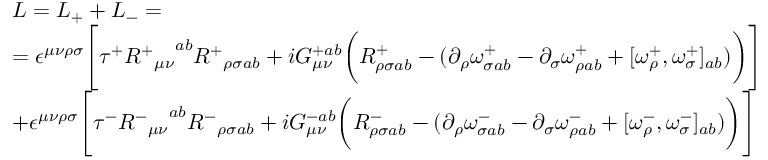
\begin{array} { l l } { { L = L _ { + } + L _ { - } = } } \\ { { = \epsilon ^ { \mu \nu \rho \sigma } \Bigg [ \tau ^ { + } { { R ^ { + } } _ { \mu \nu } } ^ { a b } { R ^ { + } } _ { \rho \sigma a b } + i G _ { \mu \nu } ^ { + a b } \bigg ( R _ { \rho \sigma a b } ^ { + } - ( \partial _ { \rho } \omega _ { \sigma a b } ^ { + } - \partial _ { \sigma } \omega _ { \rho a b } ^ { + } + [ \omega _ { \rho } ^ { + } , \omega _ { \sigma } ^ { + } ] _ { a b } ) \bigg ) \Bigg ] } } \\ { { + \epsilon ^ { \mu \nu \rho \sigma } \Bigg [ \tau ^ { - } { { R ^ { - } } _ { \mu \nu } } ^ { a b } { R ^ { - } } _ { \rho \sigma a b } + i G _ { \mu \nu } ^ { - a b } \bigg ( R _ { \rho \sigma a b } ^ { - } - ( \partial _ { \rho } \omega _ { \sigma a b } ^ { - } - \partial _ { \sigma } \omega _ { \rho a b } ^ { - } + [ \omega _ { \rho } ^ { - } , \omega _ { \sigma } ^ { - } ] _ { a b } ) \bigg ) \Bigg ] , } } \end{array}